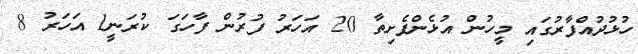
ހުޅުދުއްފާރުގައި މީހުން އުޅެންފެށިތާ 20 އަހަރު ފުރުން ފާހަގަ ކުރަނީ1 އަހަރު 8